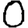
Digit: 0